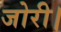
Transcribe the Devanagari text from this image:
जोरी।